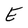
Character: E